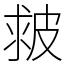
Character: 皳